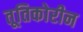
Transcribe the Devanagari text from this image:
तूतिकोरीन